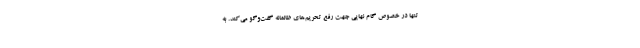
تنها در خصوص گام نهایی جهت رفع تحریم‌های ظالمانه گفت‌وگو می‌کند. به